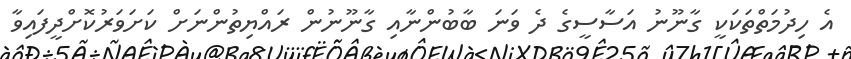
އެ ހިދުމަތްތަކަކީ ގާނޫނު އަސާސީގެ ދެ ވަނަ ބާބުންނާއި ގާނޫނުން ރައްޔިތުންނަށް ކަށަވަރުކޮށްދީފައިވާ